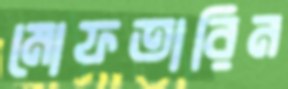
মোফতারিন